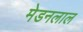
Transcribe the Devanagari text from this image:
मेडनलाल